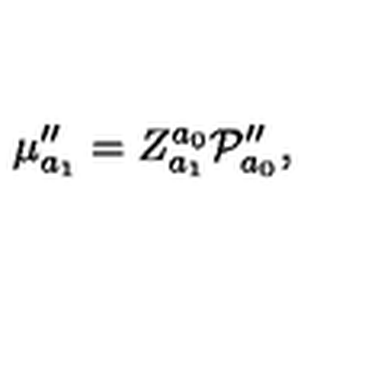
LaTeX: \mu _ { a _ { 1 } } ^ { \prime \prime } = Z _ { a _ { 1 } } ^ { a _ { 0 } } { \cal P } _ { a _ { 0 } } ^ { \prime \prime } ,